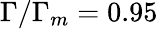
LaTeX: \Gamma/\Gamma_{m}=0.95